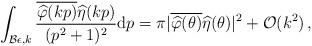
LaTeX: \begin{align*}\int_{\mathcal{B}{\epsilon , k} } \frac{\overline{\widehat{\varphi}(kp)} \widehat{\eta}(kp)}{(p^2 +1)^2} \mathrm{d}p= \pi |\overline{\widehat{\varphi}(\theta)} \widehat{\eta}(\theta)|^2+\mathcal{O}(k^2 )\,, \end{align*}